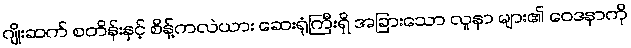
ဂျိုးဆက် စတိန်းနှင့် စိန့်ကလဲယား ဆေးရုံကြီးရှိ အခြားသော လူနာ များ၏ ဝေဒနာကို